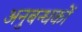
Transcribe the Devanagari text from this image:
अनुबन्धकों